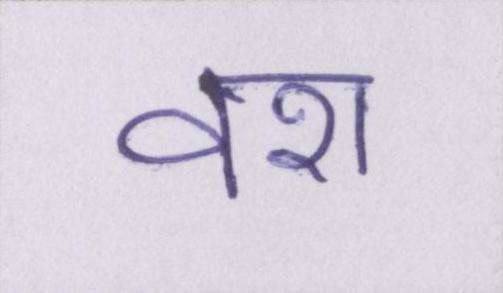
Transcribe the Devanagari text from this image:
वश